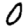
Digit: 0